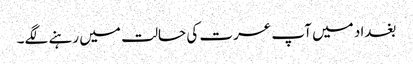
بغداد میں آپ عسرت کی حالت میں رہنے لگے۔